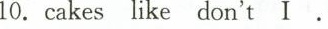
10.cakes like don't I.